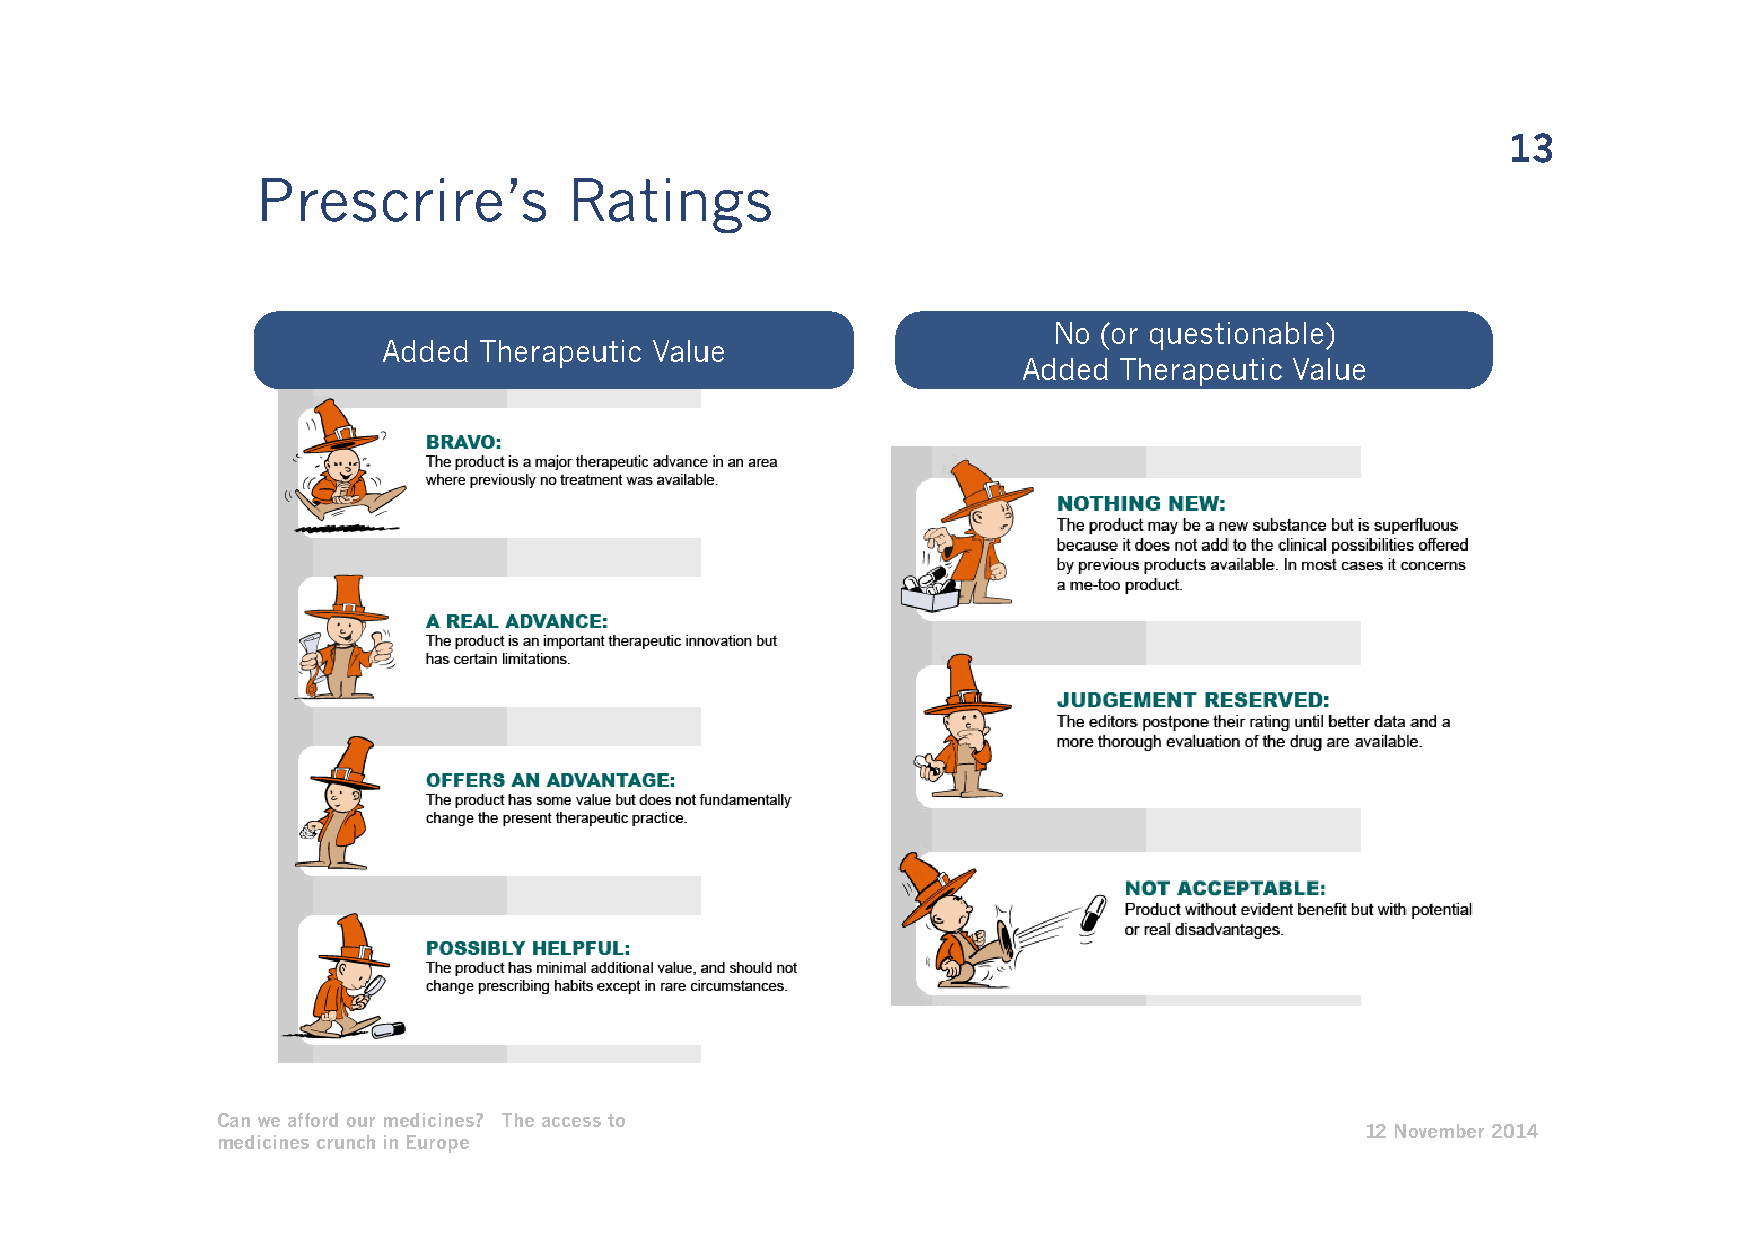
13
 Prescrire’s          Ratings
 No (or questionable)
 Added  Therapeutic Value
 Added Therapeutic Value
 Can we afford our medicines? The access to
 12 November 2014
 medicines crunch in Europe